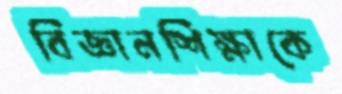
বিজ্ঞানশিক্ষাকে